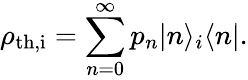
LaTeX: \rho_{\mathrm{th,i}}=\sum_{n=0}^{\infty}p_{n}|n\rangle_{i}\langle n|.